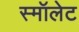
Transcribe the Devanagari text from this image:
स्मॉलेट